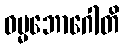
ဓမ္မဘောဂေါတိ